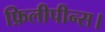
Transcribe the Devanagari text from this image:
फ़िलीपीन्स।